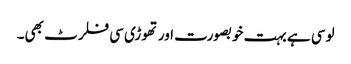
لوسی ہے بہت خوبصورت اور تھوڑی سی فلرٹ بھی۔